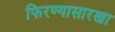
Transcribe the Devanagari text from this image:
फिरण्यासारखा